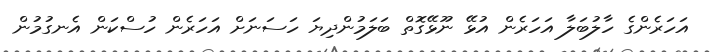
އަހަރެންގެ ހާލުބަލާ އަހަރެން އުޅޭ ނޫޅޭގޮތް ބަލަމުންދިޔަ ހަސަނަށް އަހަރެން ހުސްކަން އެނގުމުން